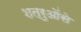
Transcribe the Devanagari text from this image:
शत्रुओंसे